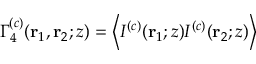
\Gamma _ { 4 } ^ { ( c ) } ( \mathbf { r } _ { 1 } , \mathbf { r } _ { 2 } ; z ) = \left\langle I ^ { ( c ) } ( \mathbf { r } _ { 1 } ; z ) I ^ { ( c ) } ( \mathbf { r } _ { 2 } ; z ) \right\rangle